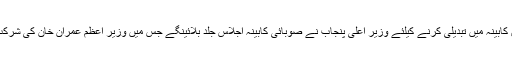
ذرائع کے مطابق کابینہ میں تبدیلی کرنے کیلئے وزیر اعلیٰ پنجاب نے صوبائی کابینہ اجلاس جلد بلائینگے جس میں وزیر اعظم عمران خان کی شرکت بھی متوقع ہے۔